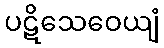
ပဋိသေဝေယျံ